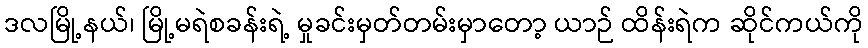
ဒလမြို့နယ်၊ မြို့မရဲစခန်းရဲ့ မှုခင်းမှတ်တမ်းမှာတော့ ယာဉ် ထိန်းရဲက ဆိုင်ကယ်ကို